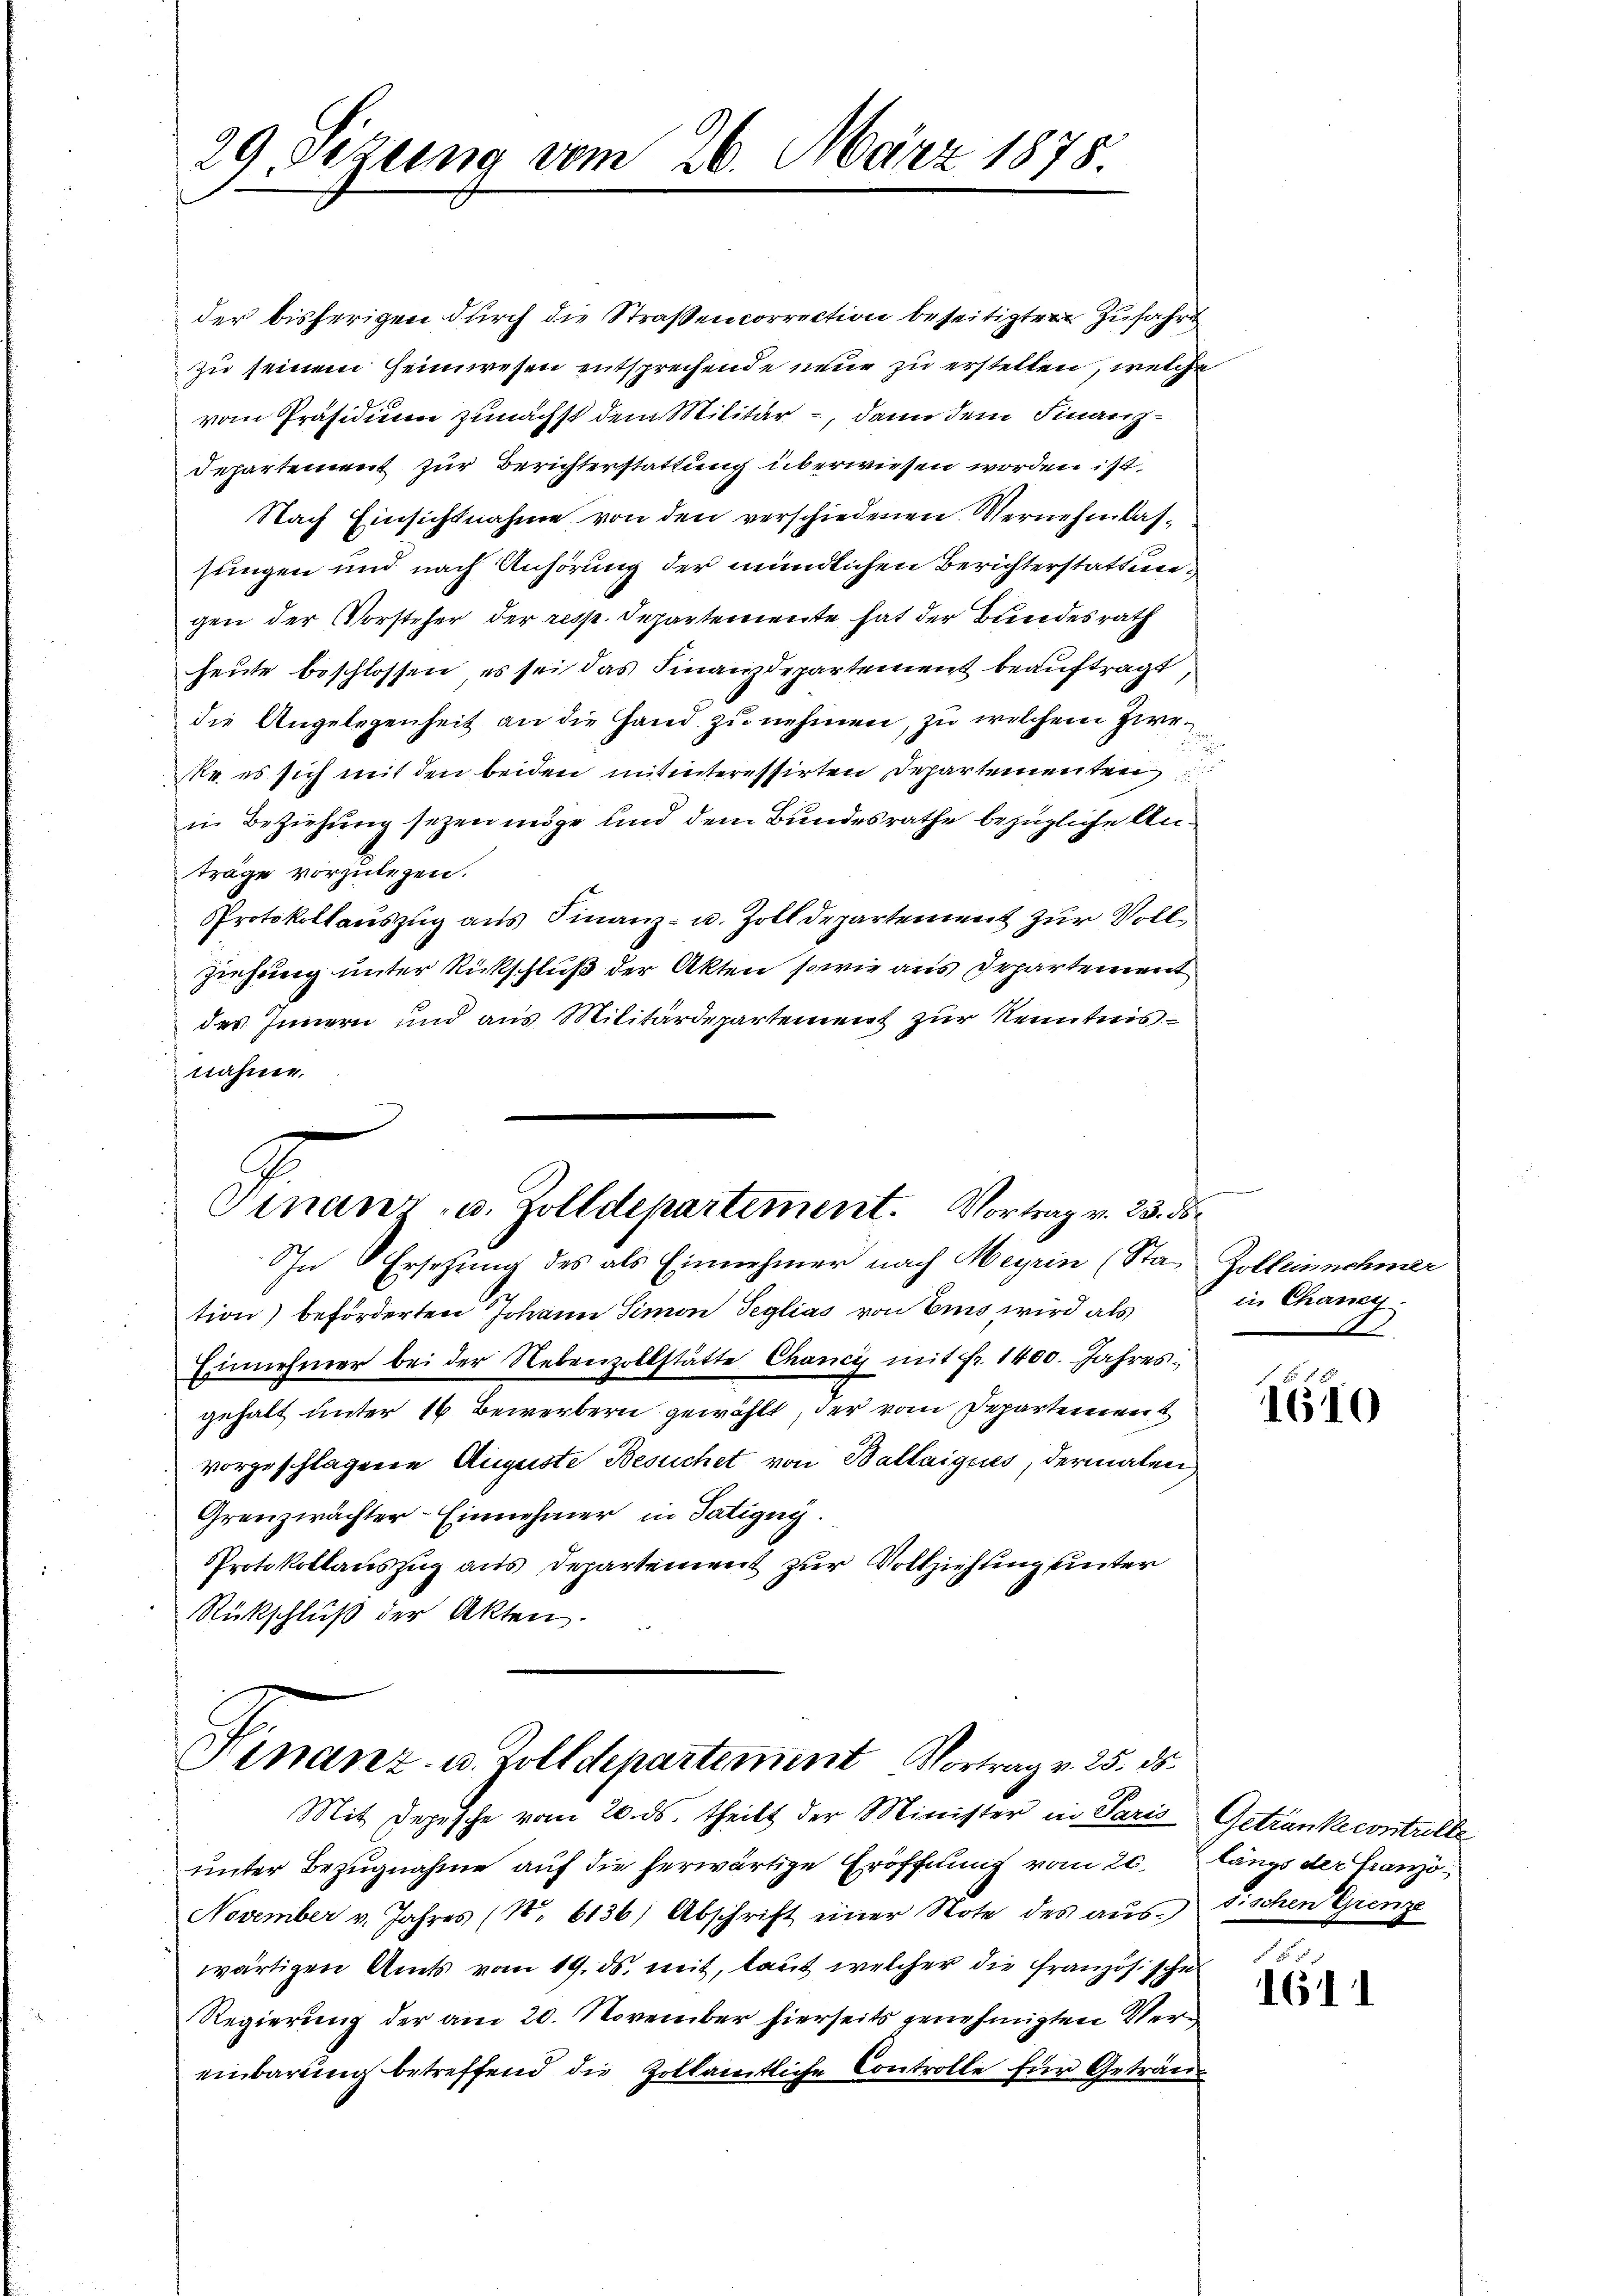
29. Sizung vom 26. März 1878.

der bisherigen durch die Straßencorrection beseitigten Zufahrt
zu seinem Heimwesen entsprechende neue zu erstellen, welche
vom Präsidium zunächst dem Militär -, dann dem Finanz-
Departement zur Berichterstattung überwiesen worden ist.
Nach Einsichtnahme von den verschiedenen Vernehmlassungen und nach Anhörung der mündlichen Berichterstattungen der Vorsteher der resp. Departemente hat der Bundesrath
heute beschlossen, es sei das Finanzdepartement beauftragt
die Angelegenheit an die Hand zu nehmen, zu welchem Zwe¬
Re es sich mit den beiden mitinteressirten Departementen
in Beziehung sezen möge und dem Bundesrathe bezügliche Anträge vorzulegen.
Protokollauszug aus Finanz- u. Zoll Departement zur Vollziehung unter Rückschluß der Akten sowie aus Departement
des Innern und aus Militärdepartement zur Kenntnis
nahme.
C
Finanz- u. Zolldepartement. Vortrag v. 23. ds.
Ihn Ersetzung des als Einnehmer nach Meyrin (Sta- Zollennehmer
tion) beförderten Johann Simon Seglias von Eins wird als
Einnehmer bei der Nebenzollstätte Chancy mit fr. 1400. Jahresgehalt unter 16 Bewerbern gewählt, der vom Departement
vorgeschlagene Auguste Besuchet von Ballaigues, dermalen
Grenzwächter-Einnehmer in Satigny.
Protokollauszug aus Departement zur Vollziehung unter
Rückschluß der Akten.

Finanz- u. Zolldepartement Vortrag v. 25. ds.

Mit Depesche vom 20. ds. theilt der Minister in Paris Getränkecontrolle
unter Bezugnahme auf die herwärtige Eröffnung vom 20. längs der Franzö¬
November v. Jahres (N. 6136; Abschrift einer Note des auswärtigen Amts vom 19. ds. mit, laut welcher die Französische
Regierung der am 20. November hierseits genehmigten Vereinbarung betreffend die Zollamtliche Controlle für Geträn¬

|
in Chany
A

1610

sischen Grenze

1611